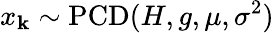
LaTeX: x_{\mathbf{k}}\sim\operatorname{PCD}(H,g,\mu,\sigma^{2})